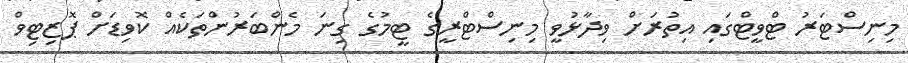
މިނިސްޓަރު ޓްވީޓްގައި އިތުރަށް ވިދާޅުވީ މިނިސްޓްރީގެ ޓީމުގެ ގިނަ މެންބަރުންތަކެއް ކޮވިޑަށް ޕޮޒިޓިވް